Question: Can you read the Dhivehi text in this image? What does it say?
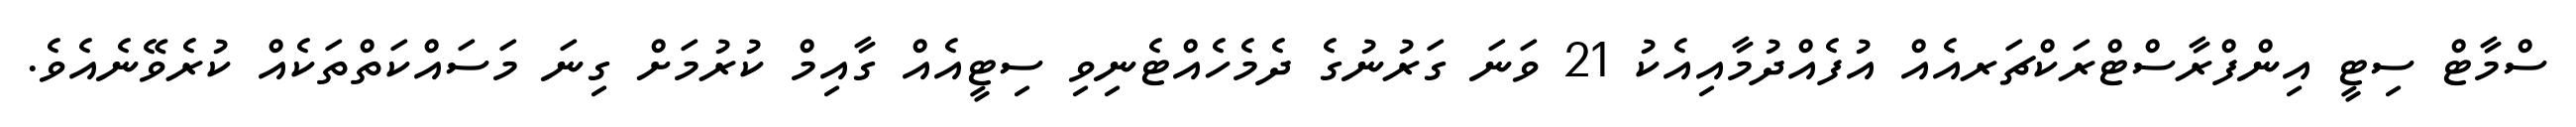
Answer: ސްމާޓް ސިޓީ އިންފްރާސްޓްރަކްޗަރއެއް އުފެއްދުމާއިއެކު 21 ވަނަ ގަރުނުގެ ދެމެހެއްޓެނިވި ސިޓީއެއް ގާއިމް ކުރުމަށް ގިނަ މަސައްކަތްތަކެއް ކުރެވޭނެއެވެ.